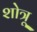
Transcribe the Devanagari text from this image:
शोत्रू